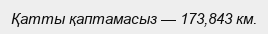
Қатты қаптамасыз — 173,843 км.